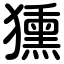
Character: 獯